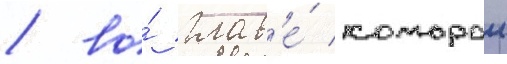
/ во́ глав'е́ которои